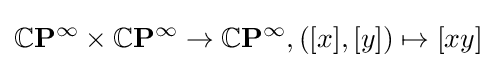
\mathbb {C} \mathbf {P} ^{\infty }\times \mathbb {C} \mathbf {P} ^{\infty }\to \mathbb {C} \mathbf {P} ^{\infty },([x],[y])\mapsto [xy]